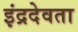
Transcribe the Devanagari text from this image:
इंद्रदेवता